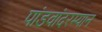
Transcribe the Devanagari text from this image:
पांडवांदरम्यान